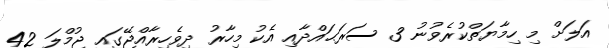
އަލަށް މި ހިމާޔަތްކުރެވުނު 3 ސަރަޙައްދާއި އެކު މިހާރު ދިވެހިރާއްޖޭގައި ޖުމްލަ 42